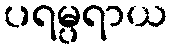
ပရမ္ပရာယ